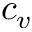
c _ { v }